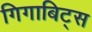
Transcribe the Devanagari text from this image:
गिगाबिट्स